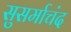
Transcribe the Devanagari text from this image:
सुसर्माचंद